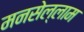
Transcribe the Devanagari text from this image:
मनसेल्लाम